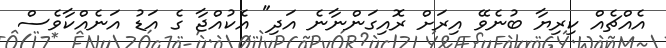
އެއްޗެއް ކިރިޔާ ބުނެވޭ އިރަށް ރޮއިގަންނާނެ އަދި" އެކުއްޖާ ގެ އަޑު އަނެއްކާވެސް